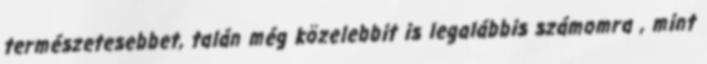
természetesebbet, talán még közelebbit is legalábbis számomra , mint